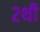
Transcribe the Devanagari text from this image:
२थी